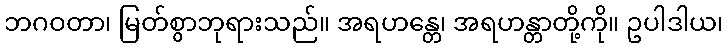
ဘဂဝတာ၊ မြတ်စွာဘုရားသည်။ အရဟန္တေ၊ အရဟန္တာတို့ကို။ ဥပါဒါယ၊